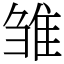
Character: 雏